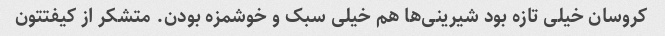
کروسان خیلی تازه بود شیرینی‌ها هم خیلی سبک و خوشمزه بودن. متشکر از کیفتتون